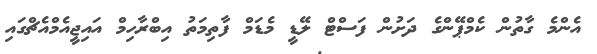
އެންމެ ގާތުން ކެމްޕޭންގެ ދަށުން ފަސްޓް ލޭޑީ މެޑަމް ފާތިމަތު އިބްރާހިމް އައިޖީއެމްއެޗްގައި